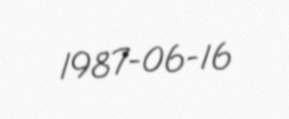
1987-06-16